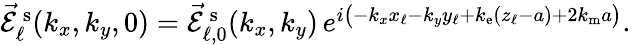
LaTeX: \begin{array}{r}{\vec{\mathcal{E}}_{\ell}^{\mathrm{\, s}}(k_{x},k_{y},0)=\vec{\mathcal{E}}_{\ell,0}^{\mathrm{\, s}}(k_{x},k_{y})\, e^{i\left(-k_{x}x_{\ell}-k_{y}y_{\ell}+k_{\mathrm{e}}(z_{\ell}-a)+2k_{\mathrm{m}}a\vphantom{b^{2}}\right)}.}\end{array}